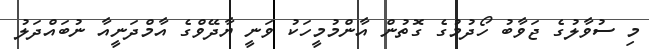
މި ސުވާލުގެ ޖަވާބު ހޯދުމުގެ ގޮތުން އާންމުމީހަކު ވަނީ ޔާދޭވްގެ އާމްދަނީއާ ނުބައްދަލު